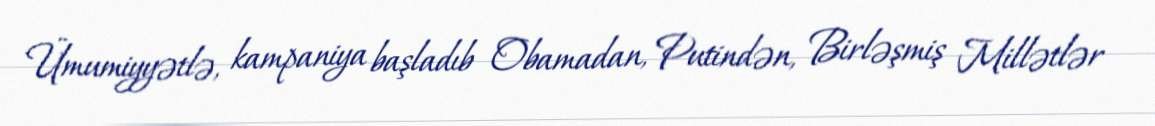
Ümumiyyətlə, kampaniya başladıb Obamadan, Putindən, Birləşmiş Millətlər